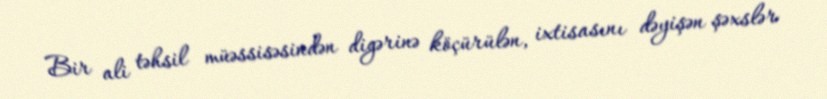
Bir ali təhsil müəssisəsindən digərinə köçürülən, ixtisasını dəyişən şəxslər